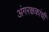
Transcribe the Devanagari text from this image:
अंगरक्षकांची